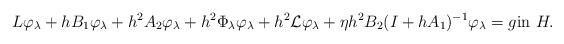
LaTeX: \begin{align*}L\varphi_{\lambda} + hB_{1}\varphi_{\lambda} + h^2A_{2}\varphi_{\lambda} + h^2\Phi_{\lambda}\varphi_{\lambda} + h^2{\cal L}\varphi_{\lambda} + \eta h^2 B_2 (I+hA_1)^{-1}\varphi_{\lambda} = g \mbox{in}\ H. \end{align*}